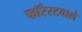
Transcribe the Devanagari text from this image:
फॉरेस्टवाले